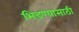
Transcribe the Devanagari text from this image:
भिडण्यासाठी